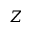
Z